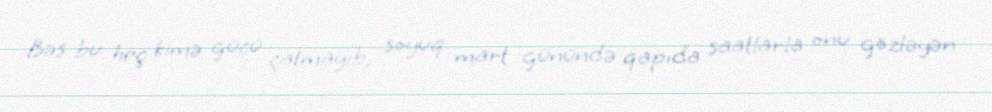
Bəs bu heç kimə gücü çatmayıb, soyuq mart günündə qapıda saatlarla onu gözləyən